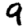
Digit: 9